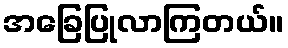
အခြေပြုလာကြတယ်။